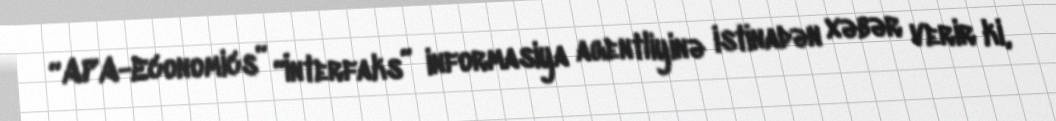
“APA-Economics” “İnterfaks” informasiya agentliyinə istinadən xəbər verir ki,